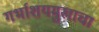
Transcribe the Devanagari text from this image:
गर्भाशयमुखाचा